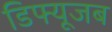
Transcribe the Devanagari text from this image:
डिफ्यूजब